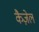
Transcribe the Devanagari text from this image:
कैज़ेल